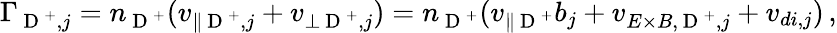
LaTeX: \Gamma_{\mathrm{~D~}^{+},j}=n_{\mathrm{~D~}^{+}}(v_{\parallel\mathrm{~D~}^{+},j}+v_{\perp\mathrm{~D~}^{+},j})=n_{\mathrm{~D~}^{+}}(v_{\parallel\mathrm{~D~}^{+}}b_{j}+v_{E\times B,\mathrm{~D~}^{+},j}+v_{di,j})\, ,